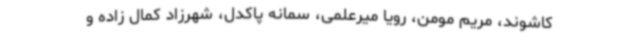
کاشوند، مریم مومن، رویا میرعلمی، سمانه پاکدل، شهرزاد کمال زاده و